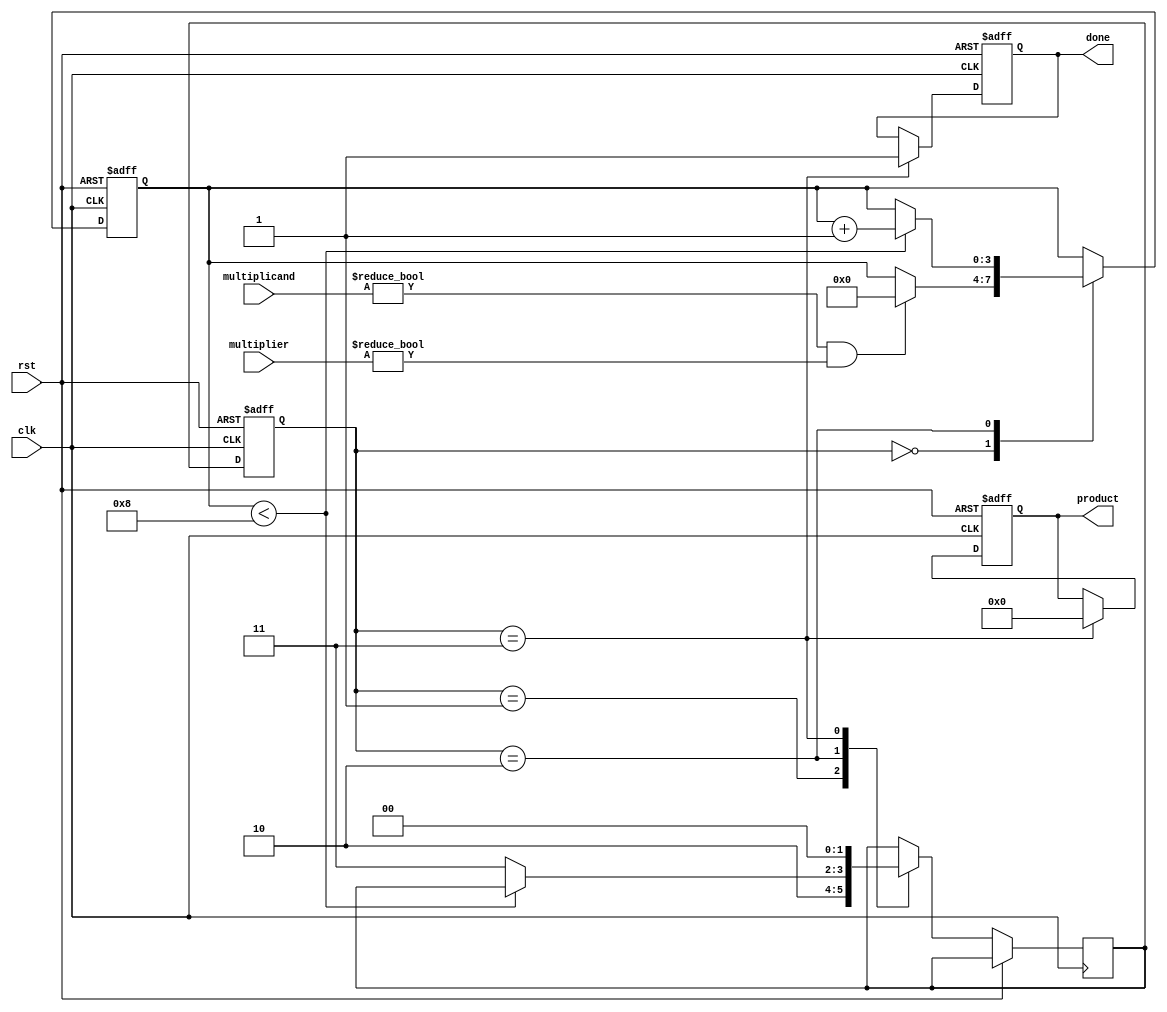
module ModifiedBoothMultiplier #(
    parameter WIDTH = 8 // Width of multiplicand and multiplier
)(
    input wire clk,
    input wire rst,
    input wire [WIDTH-1:0] multiplicand, // A
    input wire [WIDTH-1:0] multiplier,    // B
    output reg [2*WIDTH-1:0] product,     // Final product
    output reg done                       // Indicates completion
);

// Internal registers
reg [WIDTH-1:0] A; // Multiplicand
reg [WIDTH-1:0] Q; // Multiplier
reg [WIDTH-1:0] Q_1; // Previous bit of Q
reg [2*WIDTH-1:0] P; // Partial product
reg [3:0] count; // Counter for number of bits processed

// Control states
localparam IDLE = 2'b00, INIT = 2'b01, CALC = 2'b10, DONE = 2'b11;
reg [1:0] state, next_state;

// Booth encoding logic and partial product generation
always @(*) begin
    case ({Q[0], Q_1})
        2'b00: P = P; // No action
        2'b01: P = P + {A, 1'b0}; // Add multiplicand
        2'b10: P = P - {A, 1'b0}; // Subtract multiplicand
        2'b11: P = P; // No action
        default: P = P;
    endcase
end

// Shifting operation
always @(*) begin
    Q = {P[0], Q[WIDTH-1:1]}; // Shift Q right
    P = P >> 1; // Shift partial product right
end

// State machine
always @(posedge clk or posedge rst) begin
    if (rst) begin
        state <= IDLE;
        product <= 0;
        done <= 0;
        count <= 0;
        Q_1 <= 0;
    end else begin
        state <= next_state;
        case (state)
            IDLE: begin
                if (multiplicand != 0 && multiplier != 0) begin
                    A <= multiplicand;
                    Q <= multiplier;
                    Q_1 <= 0; // Initialize Q_1
                    P <= 0; // Initialize partial product
                    count <= 0;
                end
            end
            INIT: begin
                // Initialize and move to calculation state
                next_state <= CALC;
            end
            CALC: begin
                if (count < WIDTH) begin
                    // Booth encoding and partial product generation
                    P <= P; // Update partial product based on encoding logic
                    // Shift operation
                    {P, Q} <= {P[2*WIDTH-2:0], Q}; // Shift right
                    Q_1 <= Q[0]; // Update Q_1
                    count <= count + 1; // Increment count
                end else begin
                    next_state <= DONE; // Move to done state
                end
            end
            DONE: begin
                product <= P; // Final product
                done <= 1; // Indicate completion
                next_state <= IDLE; // Reset state machine
            end
        endcase
    end
end

endmodule